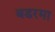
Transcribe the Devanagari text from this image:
बडरमा